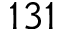
1 3 1